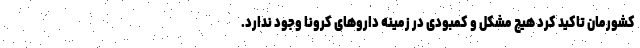
کشورمان تاکید کرد هیچ مشکل و کمبودی در زمینه داروهای کرونا وجود ندارد.